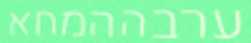
ערבההמחא